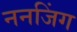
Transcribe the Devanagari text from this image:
ननजिंग